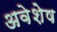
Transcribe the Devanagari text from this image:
अवेशेष